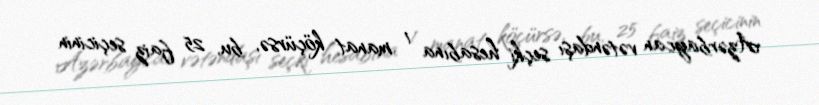
Azərbaycan vətəndaşı seçki hesabına 1 manat köçürsə, bu, 25 faiz seçicinin